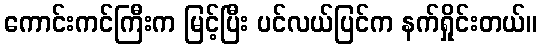
ကောင်းကင်ကြီးက မြင့်ပြီး ပင်လယ်ပြင်က နက်ရှိုင်းတယ်။